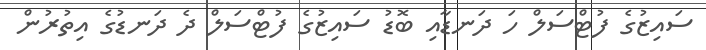
ސައިޒުގެ ފުޓްސަލް ހަ ދަނޑާއި ބޮޑު ސައިޒުގެ ފުޓްސަލް ދެ ދަނޑުގެ އިތުރުން